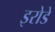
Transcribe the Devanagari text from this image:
इरोडे